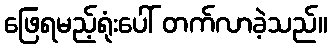
ဖြေရမည့်ရုံးပေါ် တက်လာခဲ့သည်။